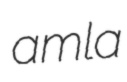
amla